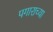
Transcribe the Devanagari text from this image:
पगाराच्या